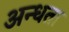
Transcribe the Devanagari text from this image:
अन्‍धता